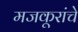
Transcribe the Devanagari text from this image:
मजकूरांचे